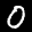
Digit: 0